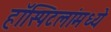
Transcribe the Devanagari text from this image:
हॉस्पिटलांमध्ये